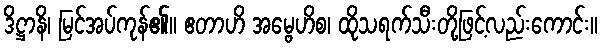
ဒိဋ္ဌာနိ၊ မြင်အပ်ကုန်၏။ ဧတာဟိ အမ္ဗေဟိစ၊ ထိုသရက်သီးတို့ဖြင့်လည်းကောင်း။